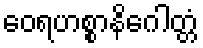
ဝေရဟစ္စာနိဂေါတ္တံ